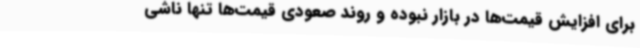
برای افزایش قیمت‌ها در بازار نبوده و روند صعودی قیمت‌ها تنها ناشی